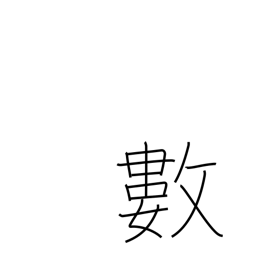
Meaning: figures